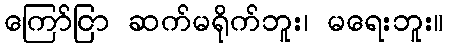
ကြော်ငြာ ဆက်မရိုက်ဘူး၊ မရေးဘူး။